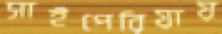
সাইপেরিয়ায়